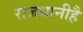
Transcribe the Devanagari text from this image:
राजधानीहै